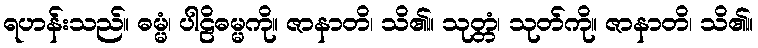
ရဟန်းသည်။ ဓမ္မံ၊ ပါဠိဓမ္မကို။ ဇာနာတိ၊ သိ၏။ သုတ္တံ၊ သုတ်ကို။ ဇာနာတိ၊ သိ၏။